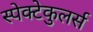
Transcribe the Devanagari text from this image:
स्पेक्टेकुलर्स